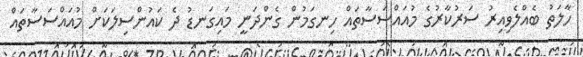
ހާލަތު ބެއްލެވިއިރު ސަރުކާރުގެ މުއައްސަސާތައް ހިނގަމުން ގެންދަނީ މައިގަނޑު ދެ ކައުންސިލަކަށް މުއައްސަސާތައް